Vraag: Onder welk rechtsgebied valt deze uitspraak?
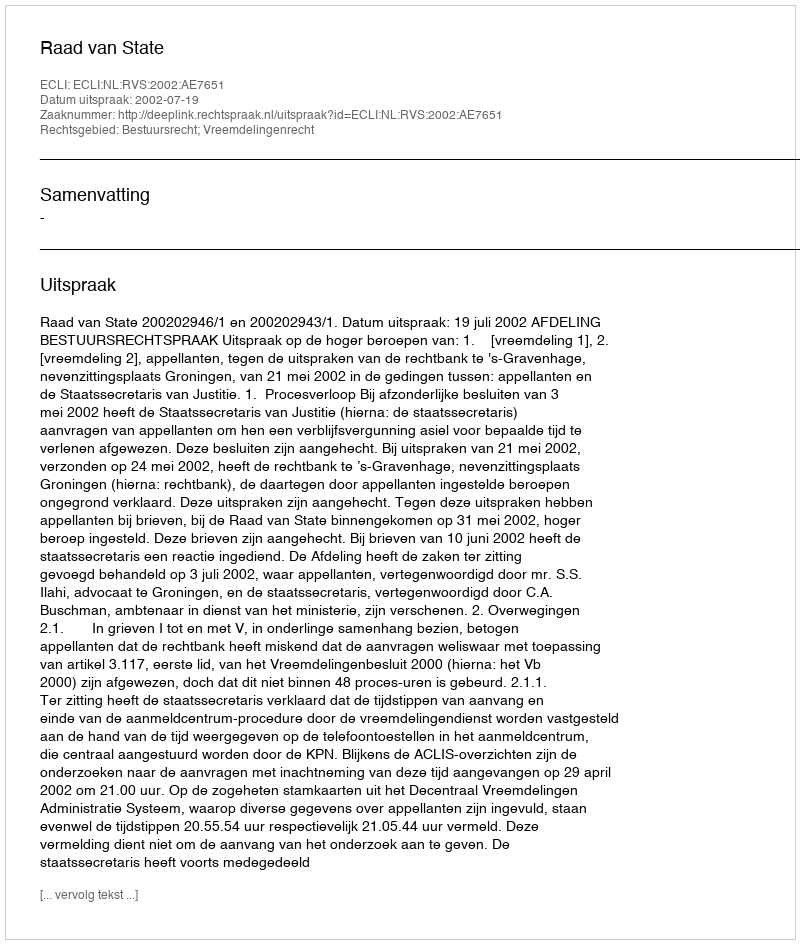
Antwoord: Bestuursrecht; Vreemdelingenrecht